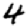
Digit: 4